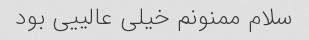
سلام ممنونم خیلی عالییی بود